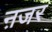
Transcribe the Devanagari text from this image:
ऩजर